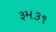
રૂમ૩૧